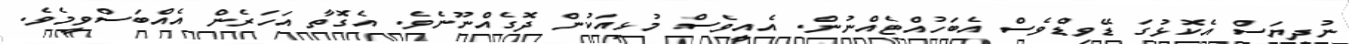
ނުދިޔަސް އެކޮޅުގަ ޑޭވިޑްވެސް އެބަހުއްޓެއްނުން. އެއީވެސް މުޅިއަކުން ދޮގެއްނޫނެވެ. އެގޮތާ އަހަރެން އެއްބަސްވީމެވެ.